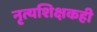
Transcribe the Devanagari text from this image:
नृत्यशिक्षकही